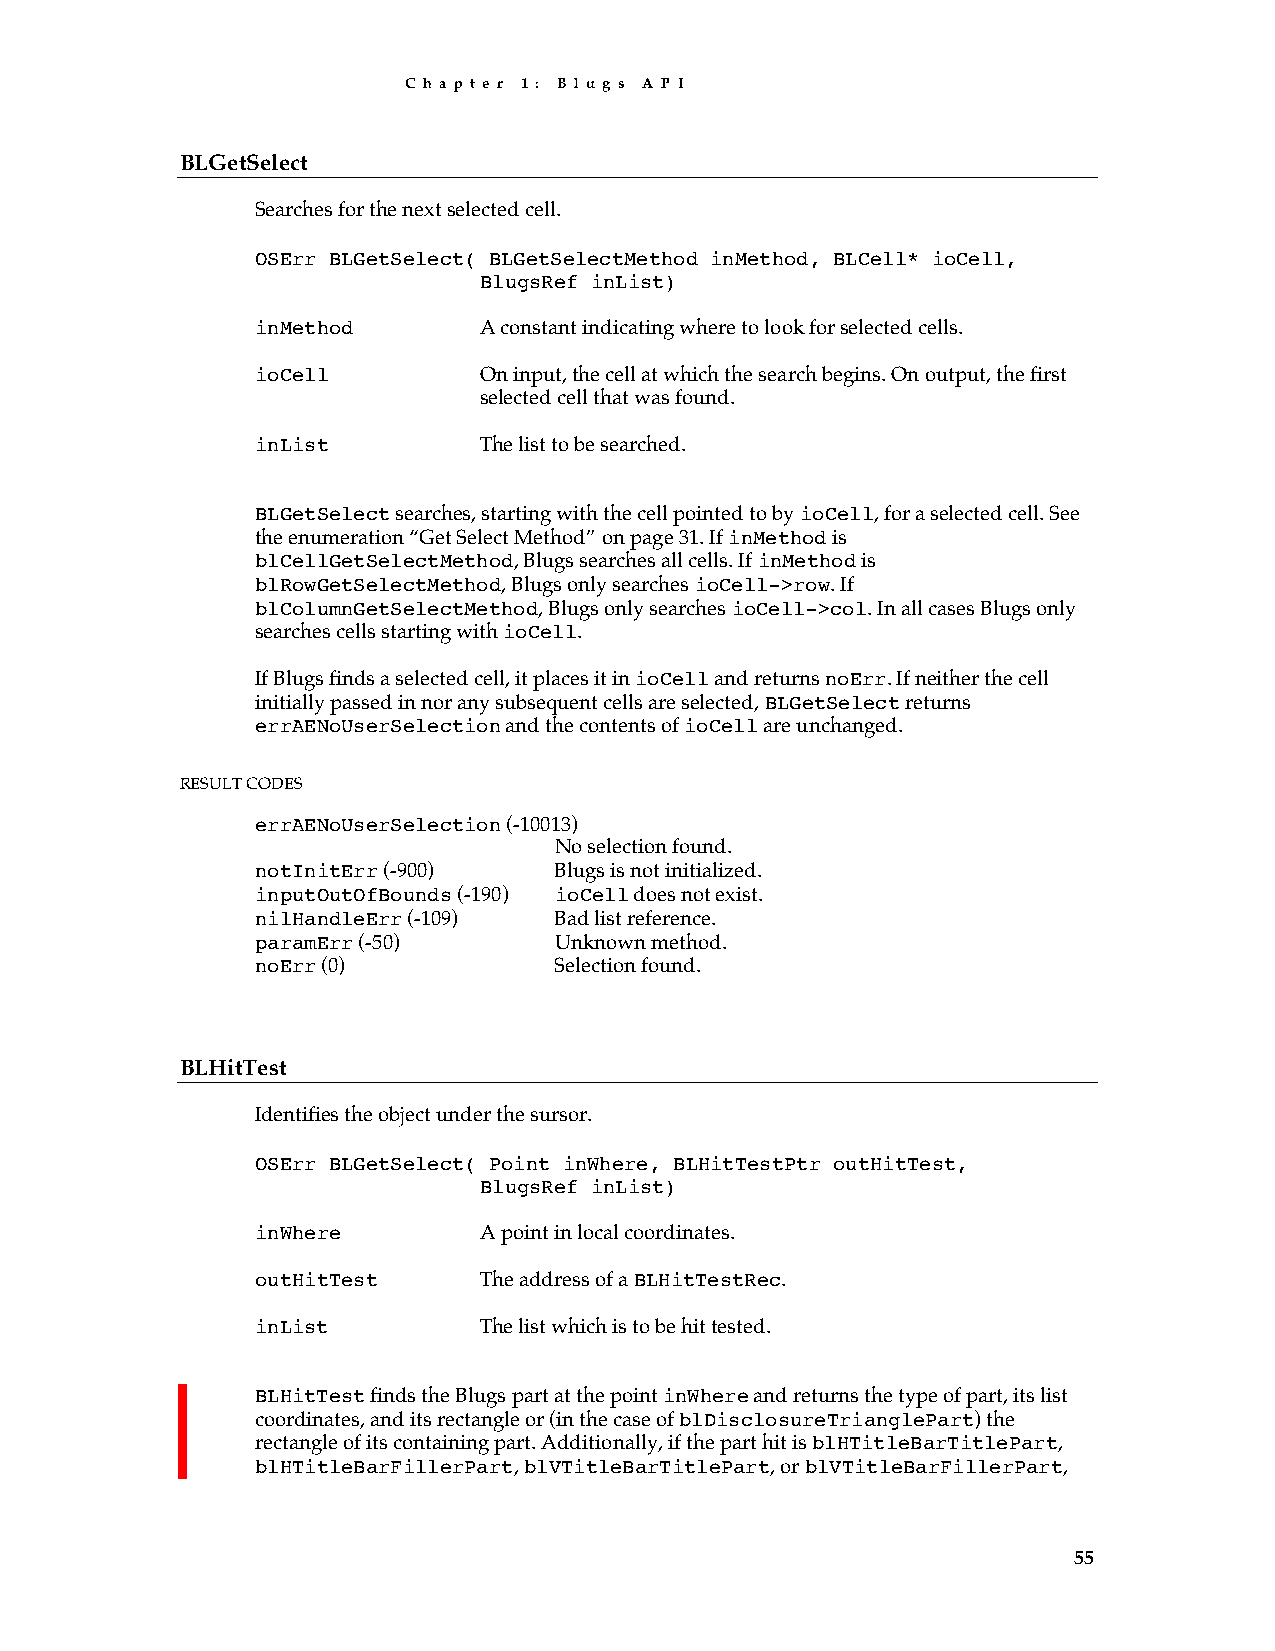
C h a p t e r 1 : B l u g s A P I
 BLGetSelect
 Searches for the next selected cell.
 OSErr BLGetSelect( BLGetSelectMethod inMethod, BLCell* ioCell,
 BlugsRef inList)
 inMethod       A constant indicating where to look for selected cells.
 ioCell         On input, the cell at which the search begins. On output, the first
 selected cell that was found.
 inList         The list to be searched.
 BLGetSelect searches, starting with the cell pointed to by ioCell, for a selected cell. See
 the enumeration “Get Select Method” on page 31. If inMethod is
 blCellGetSelectMethod, Blugs searches all cells. If inMethod is
 blRowGetSelectMethod, Blugs only searches ioCell->row. If
 blColumnGetSelectMethod, Blugs only searches ioCell->col. In all cases Blugs only
 searches cells starting with ioCell.
 If Blugs finds a selected cell, it places it in ioCell and returns noErr. If neither the cell
 initially passed in nor any subsequent cells are selected, BLGetSelect returns
 errAENoUserSelection and the contents of ioCell are unchanged.
 RESULT CODES
 errAENoUserSelection (-10013)
 No selection found.
 notInitErr (-900)   Blugs is not initialized.
 inputOutOfBounds (-190) ioCell does not exist.
 nilHandleErr (-109) Bad list reference.
 paramErr (-50)      Unknown method.
 noErr (0)           Selection found.
 BLHitTest
 Identifies the object under the sursor.
 OSErr BLGetSelect( Point inWhere, BLHitTestPtr outHitTest,
 BlugsRef inList)
 inWhere        A point in local coordinates.
 outHitTest     The address of a BLHitTestRec.
 inList         The list which is to be hit tested.
 BLHitTest finds the Blugs part at the point inWhere and returns the type of part, its list
 coordinates, and its rectangle or (in the case of blDisclosureTrianglePart) the
 rectangle of its containing part. Additionally, if the part hit is blHTitleBarTitlePart,
 blHTitleBarFillerPart, blVTitleBarTitlePart, or blVTitleBarFillerPart,
 55